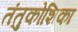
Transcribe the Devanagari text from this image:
तंतुकोशिका